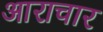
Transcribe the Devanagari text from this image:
आराचार